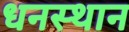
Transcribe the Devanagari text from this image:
धनस्थान